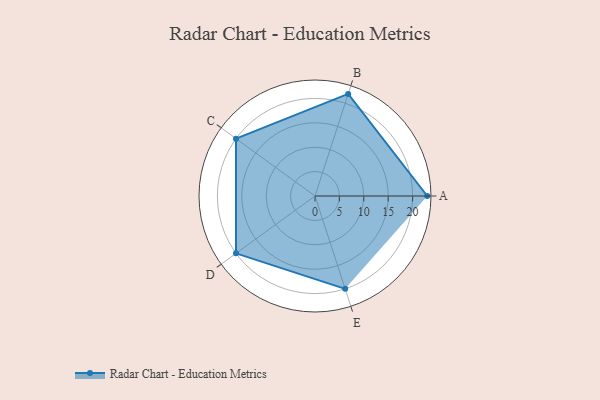
{"axis": {"x": "Skill", "y": "Score"}, "legend": ["Profile"], "data": [{"x": "A", "y": 23.0, "type": "Profile"}, {"x": "B", "y": 22.0, "type": "Profile"}, {"x": "C", "y": 20, "type": "Profile"}, {"x": "D", "y": 20, "type": "Profile"}, {"x": "E", "y": 20, "type": "Profile"}]}